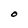
Character: O